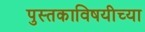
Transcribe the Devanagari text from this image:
पुस्तकाविषयीच्या